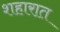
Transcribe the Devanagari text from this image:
शहारात